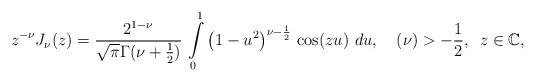
LaTeX: \begin{align*}z^{-\nu}J_{\nu}(z)=\frac{2^{1-\nu}}{\sqrt{\pi}\Gamma(\nu+\frac{1}{2})}\,\intop_{0}^{1}\left(1-u^{2}\right)^{\nu-\frac{1}{2}}\,\cos(zu)\,\,du,\,\,\,\,\,\,(\nu)>-\frac{1}{2},\,\,\,z\in\mathbb{C},\end{align*}